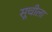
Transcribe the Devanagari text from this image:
सूचीला